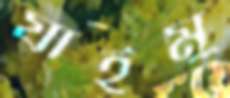
যাইমু